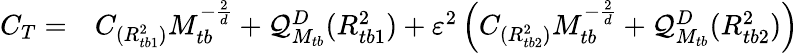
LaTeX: \begin{array}{rl}{C_{T}=}&{{}C_{({R_{tb1}^{2}})}M_{tb}^{-\frac{2}{d}}+\mathcal{Q}_{M_{tb}}^{D}(R_{tb1}^{2})+\varepsilon^{2}\left(C_{({R_{tb2}^{2}})}M_{tb}^{-\frac{2}{d}}+\mathcal{Q}_{M_{tb}}^{D}(R_{tb2}^{2})\right)}\end{array}